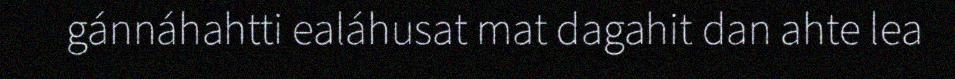
gánnáhahtti ealáhusat mat dagahit dan ahte lea